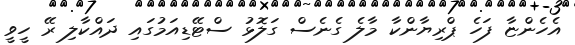
އެހެންޏާ ފަހެ ޕްރިޔާންކާ މާލެ ގެނެސް ގަލޮޅު ސްޓޭޑިއަމުގައި ދައްކާލި ރޭ ހީވީ